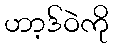
ဟာ့ဒ်ဝဲကို